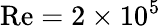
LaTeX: \mathrm{Re}=2\times 10^{5}